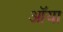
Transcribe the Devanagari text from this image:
ऑया